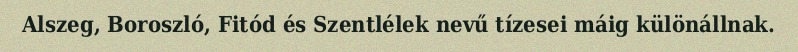
Alszeg, Boroszló, Fitód és Szentlélek nevű tízesei máig különállnak.